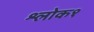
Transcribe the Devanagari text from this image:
श्लोक१